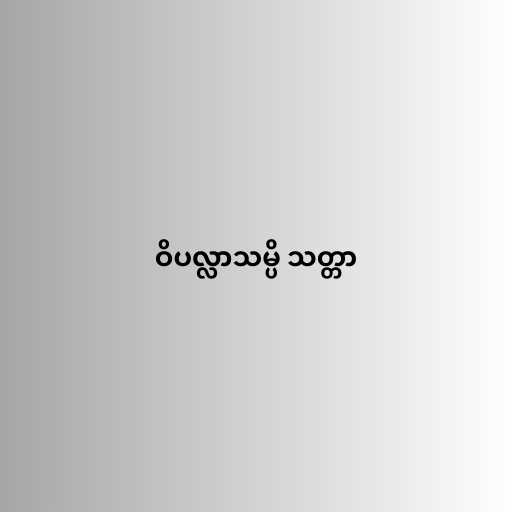
ဝိပလ္လာသမ္ပိ သတ္တာ